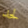
لحد